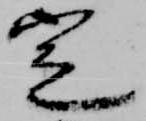
定